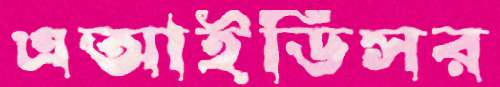
এআইডিসর